Kassari_(Keina)_vallavalitsus, lk 53
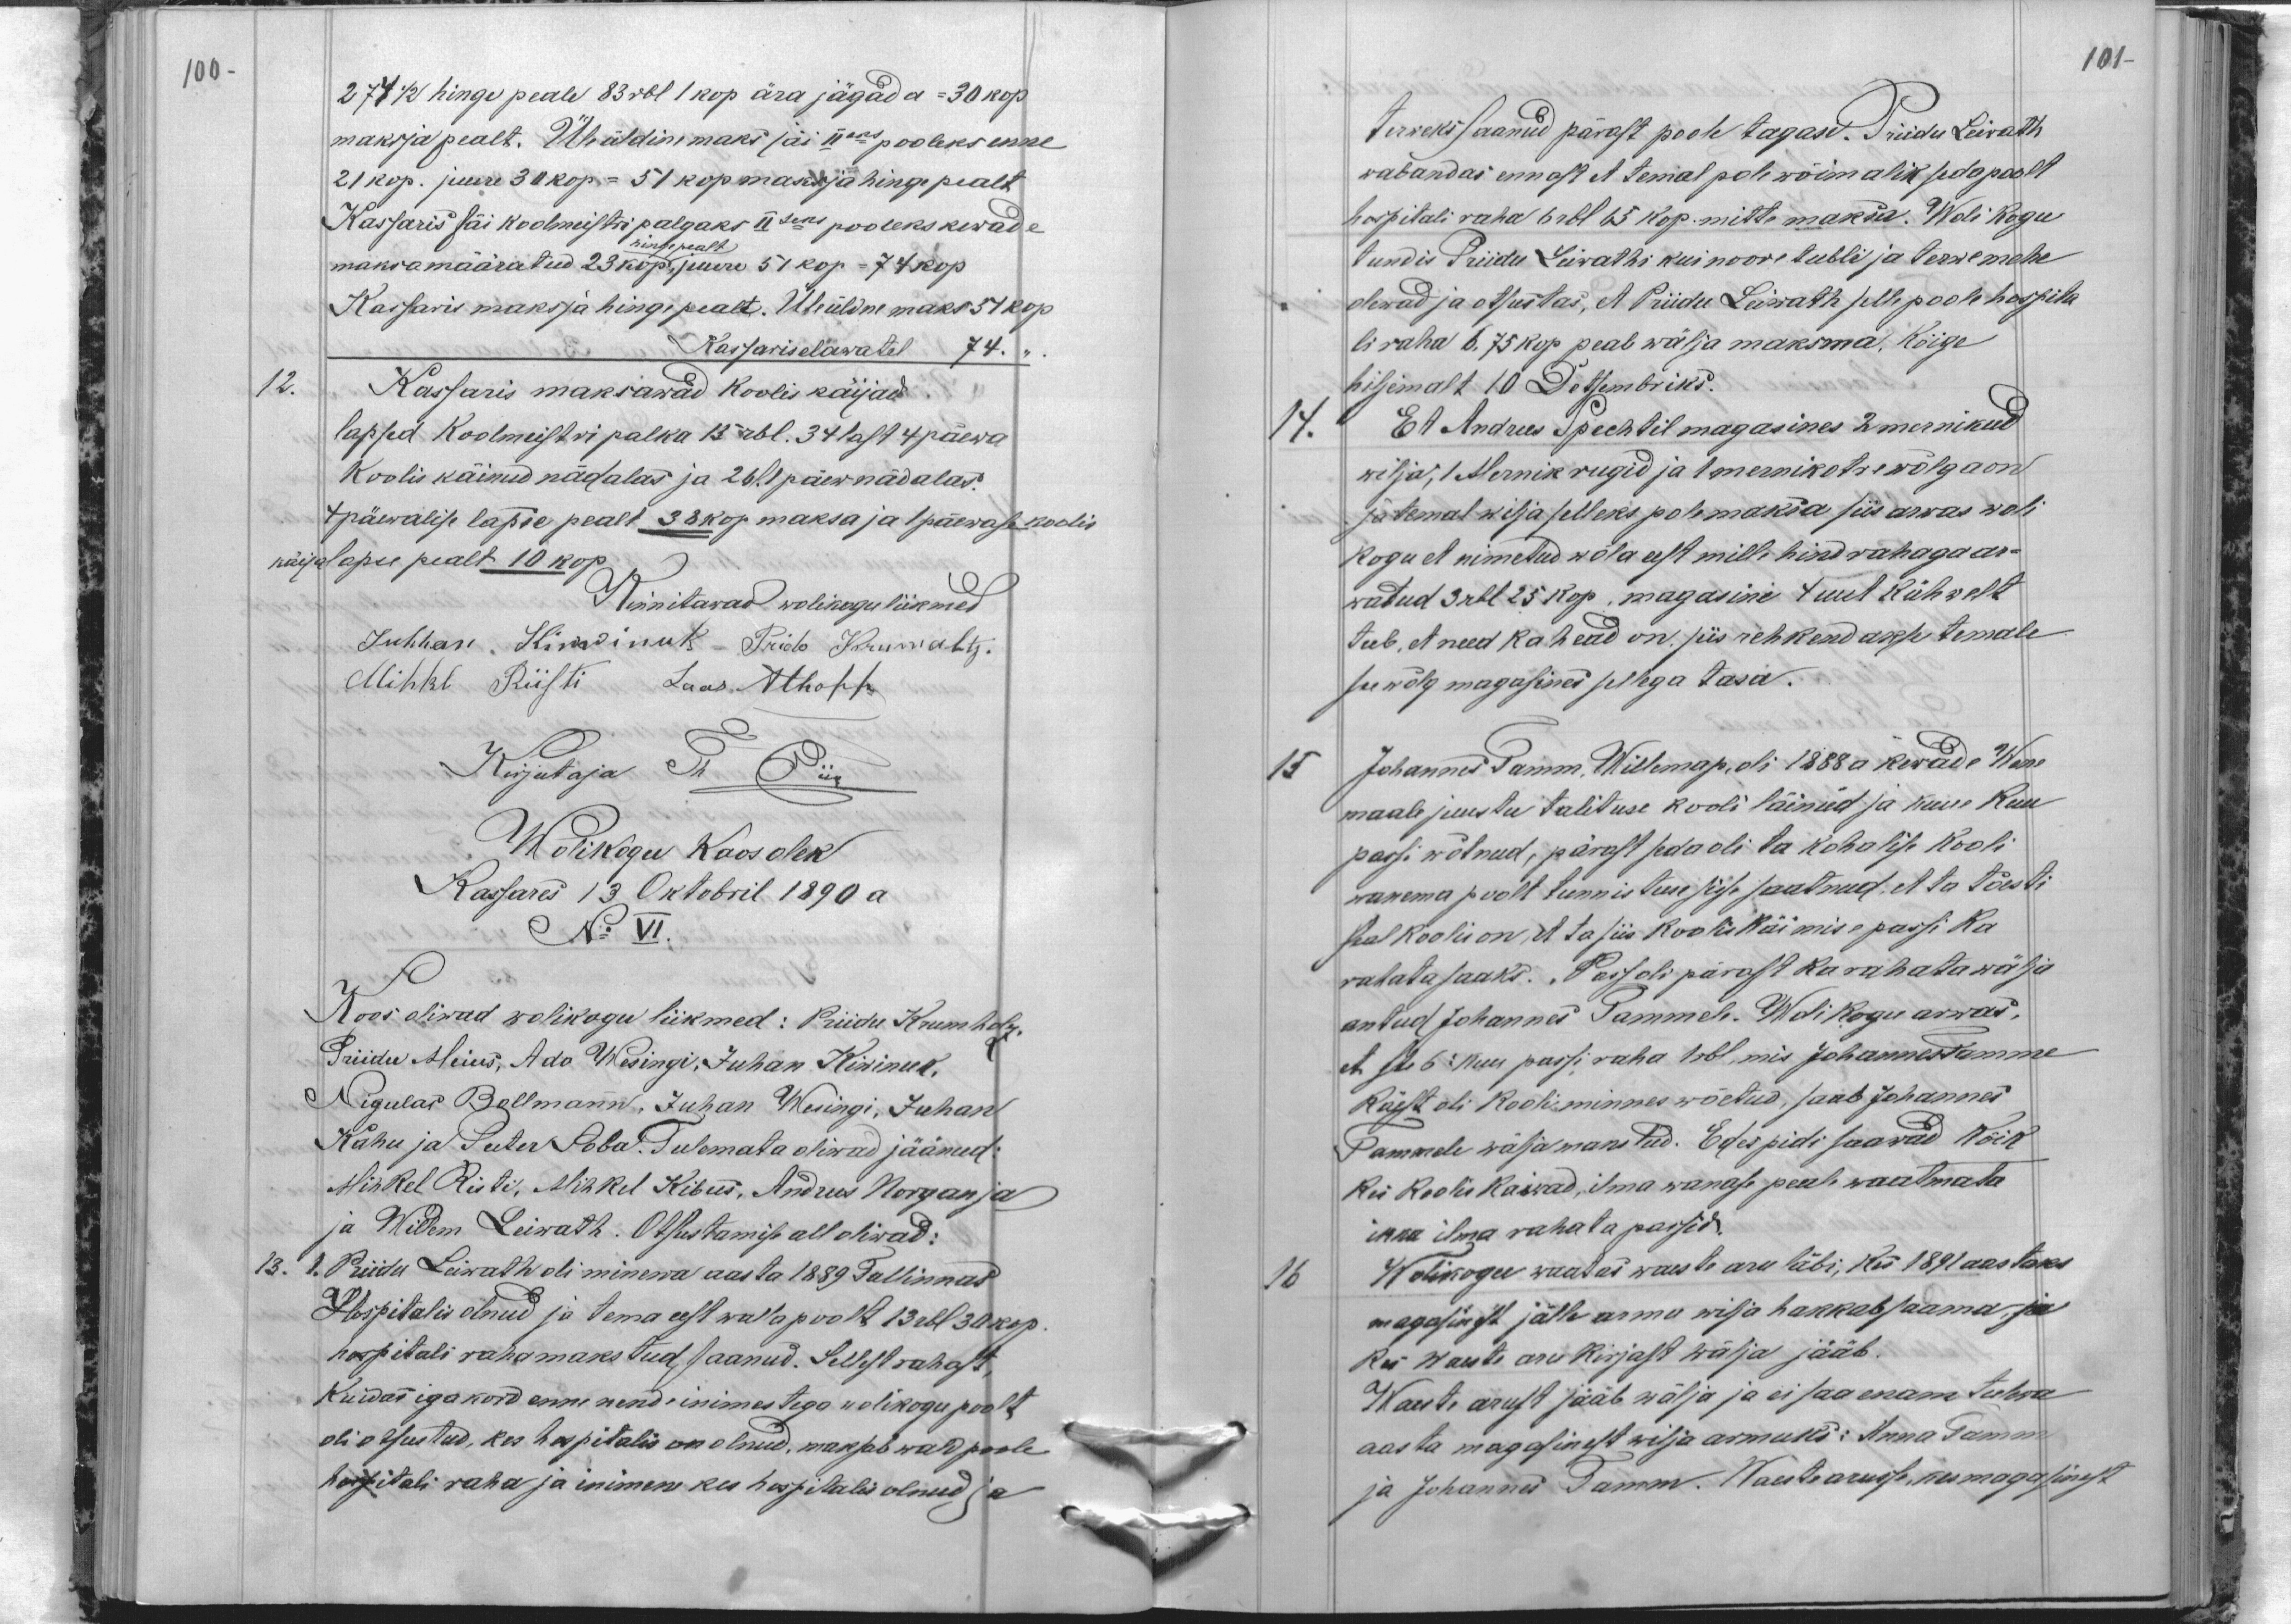
100-
274 1/2 hinge peale 83 rbl 1 kop ära jägada - 30 kop.
maksja pealt. Üleüldine maks jäi IIeks pooleks enne
21 kop. juure 30 kop. - 51 kop maksja hinge pealt
Kassaris sai koolmeistri palgaks IIseks pooleks kewade
maksa määratud 23 kop. juure 51 kop - 74 kop
hinge pealt
Kassaris maksja hinge pealt. Üleüldne maks 51 kop
Kassaris elawatel 74.
12.
Kassaris maksawad koolis käijad
lapsed Koolmeistri palka 15 rbl. 34 last 4 päewa
Koolis käinud nädalas ja 26 l. 1 päew nädalas.
4 päewalise lapse pealt 38 kop maksa ja 1 päewase koolis
käija lapse pealt 10 kop
Kinnitawad wolikogu liikmed
Juhhan Kiwinuk - Prido Krumoltz.
Mihkel Riisti Laas Alhoff
Kirjutaja Th Piik
Wolikogu koosolek
Kassares 13 Oktobril 1890 a.
No VI.
Koos oliwad wolikogu liikmed: Priidu Krumholz
Priidu Meius, Ado Wesingi, Juhan Kiwinuk.
Nigulas Bollmann, Juhan Wesingi, Juhan
Kahu ja Peeter Soba. Tulemata oliwad jäänud:
Mihkel Risti, Mihkel Kibus, Andrus Norgan ja
ja Willem Leiwath. Otsustamise all oliwad:
13.
1. Priidu Leiwath oli minewa aasta 1889 Tallinnas
Hospitalis olnud ja tema eest walla poolt 13 rbl 30 kop.
hospitali raha makstud saanud. Sellest rahast
Kuidas iga kord enne nende inimestega wolikogu poolt
oli otsustud, kes hospitalis on olnud, maksab wald poole
hospitali raha ja inimene kes hospitalis olnud ja

101-
terweks saanud pärast poole tagasi. Priidu Leiwath
wabandas ennast et temal pole wõimalik seda poolt
hospitali raha 6 rbl 65 kop. mitte maksa. Woli kogu
tundis Priidu Leiwathi kui noore tubli ja terwe mehe
olewad ja otsustas, et Priidu Leiwath selle poole hospita-
li raha 6,75 kop peab wälja maksma. Kõige
hiljemalt 10 Detsembriks.
14.
Et Andrus Spechtil magasines 2 mernikud
wilja, 1 Mernik rugid ja 1 mernik otre wõlga on
ja temal wilja selleks pole maksa siis arwas woli
kogu et nimetud wõla eest mille hind rahaga ar-
watud 3 rbl 25 kop. magasine 4 uut kühwelt
teeb, et need ka head on, siis rehkendakse temale
see kõlg magasines sellega tasa.
15
Johannes Tamm, Willema p, oli 1888 a kewade Wene
maale juustu talituse kooli läinud ja kuue kuu
passi wõtnud, pärast seda oli ta kohalise kooli
wanema poolt tunnistuse sisse saatnud, et ta tõesti
seal koolis on et ta siis koolikäimise passi ka
rahata saaks. Pass oli pärast ka rahata wälja
antud Johannes Tammele. Wolikogu arwas
et selle 6 kuu passi raha 1 rbl, mis Johannes Tamme
käest oli kooli minnes wõetud, saab Johannes
Tammele wälja maksetud. Edespidi saawad kõik
kui koolis kaiwad, ilma wanase peale waatmata
ikka ilma rahata passid.
16.
Wolikogu waatas waeste aru läbi, kes 1891 aastaks
magasinist jälle armu wilja hakkab saama, ja
Kes waeste aru kirjast wälja jääb.
Waeste arust jääb wälja ja ei saa enam tulewa
aasta magasinest wilja armuks: Anna Tamm
ja Johannes Tamm. Waeste arusse, kes magasinest